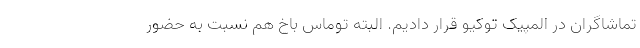
تماشاگران در المپیک توکیو قرار دادیم. البته توماس باخ هم نسبت به حضور